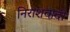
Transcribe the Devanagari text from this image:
निराशवादी